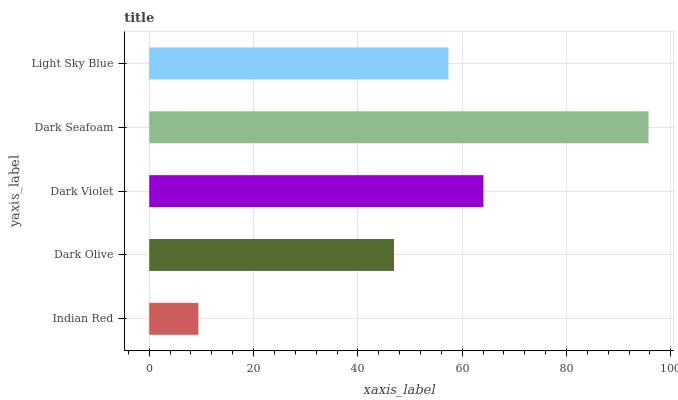
| yaxis_label | bars |
 | --- | --- |
 | Indian Red | 9.42 |
 | Dark Olive | 46.9 |
 | Dark Violet | 64.1 |
 | Dark Seafoam | 95.7 |
 | Light Sky Blue | 57.4 |